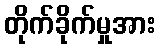
တိုက်ခိုက်မှုအား